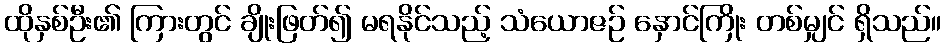
ထိုနှစ်ဦး၏ ကြားတွင် ချိုးဖြတ်၍ မရနိုင်သည့် သံယောဇဉ် နှောင်ကြိုး တစ်မျှင် ရှိသည်။